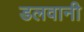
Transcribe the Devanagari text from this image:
डलवानी